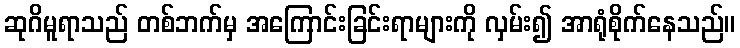
ဆုဂိမူရာသည် တစ်ဘက်မှ အကြောင်းခြင်းရာများကို လှမ်း၍ အာရုံစိုက်နေသည်။